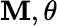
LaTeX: \mathbf{M},\theta